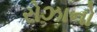
રોઝાનો